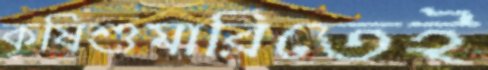
কৃষিশুমারিতেই